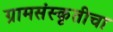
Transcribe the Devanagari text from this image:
ग्रामसंस्कृतीचा